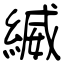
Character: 縅